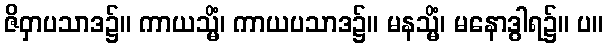
ဇိဝှာပသာဒ၌။ ကာယသ္မိံ၊ ကာယပသာဒ၌။ မနသ္မိံ၊ မနောဒွါရ၌။ ပ။